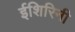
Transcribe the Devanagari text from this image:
ईशिरिनी